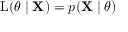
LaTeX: \operatorname { L } ( \theta \mid \mathbf { X } ) = p ( \mathbf { X } \mid \theta )